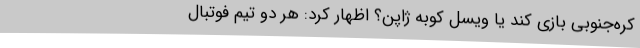
کره‌جنوبی بازی کند یا ویسل کوبه ژاپن؟ اظهار کرد: هر دو تیم فوتبال